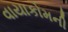
વાયાકોમની